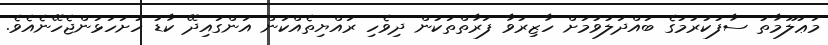
މަޢުލޫމާތު ސާފުކުރުމުގެ ބައްދަލުވުމަށް ހާޒިރުވާ ފަރާތްތަކުން ދިވެހި ރައްޔިތެއްކަން އަންގައިދޭ ކާޑު ހުށަހަޅަންޖެހޭނެއެވެ.